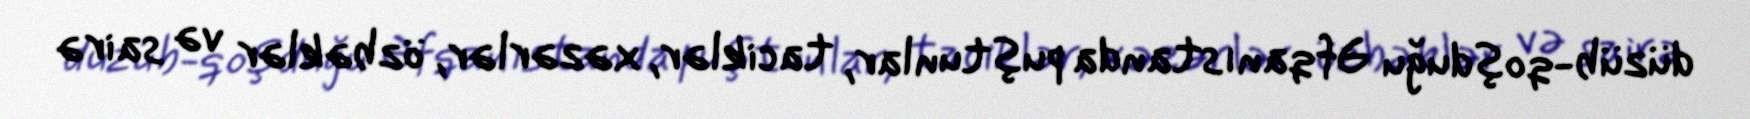
düzüb-qoşduğu Əfqanıstanda puştunlar, taciklər, xəzərlər, özbəklər və sairə